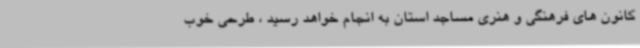
کانون های فرهنگی و هنری مساجد استان به انجام خواهد رسید ، طرحی خوب